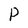
Character: P